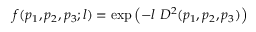
f ( p _ { 1 } , p _ { 2 } , p _ { 3 } ; l ) = \mathrm { e x p } \left( - l \ D ^ { 2 } ( p _ { 1 } , p _ { 2 } , p _ { 3 } ) \right)